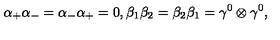
{ \alpha } _ { + } { \alpha } _ { - } = { \alpha } _ { - } { \alpha } _ { + } = 0 , { \beta } _ { 1 } { \beta } _ { 2 } = { \beta } _ { 2 } { \beta } _ { 1 } = { \gamma } ^ { 0 } \otimes { \gamma } ^ { 0 } ,